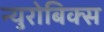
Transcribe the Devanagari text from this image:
न्युरोबिक्स